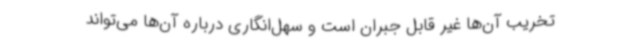
تخریب آن‌ها غیر قابل جبران است و سهل‌انگاری درباره آن‌ها می‌تواند